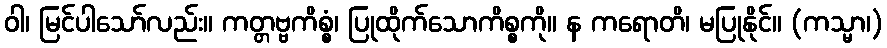
ဝါ၊ မြင်ပါသော်လည်း။ ကတ္တဗ္ဗကိစ္စံ၊ ပြုထိုက်သောကိစ္စကို။ န ကရောတိ၊ မပြုနိုင်။ (ကသ္မာ၊)